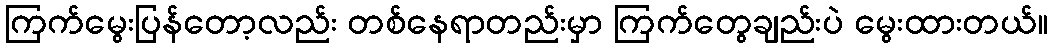
ကြက်မွေးပြန်တော့လည်း တစ်နေရာတည်းမှာ ကြက်တွေချည်းပဲ မွေးထားတယ်။